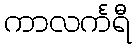
ကာလင်္ကရီ